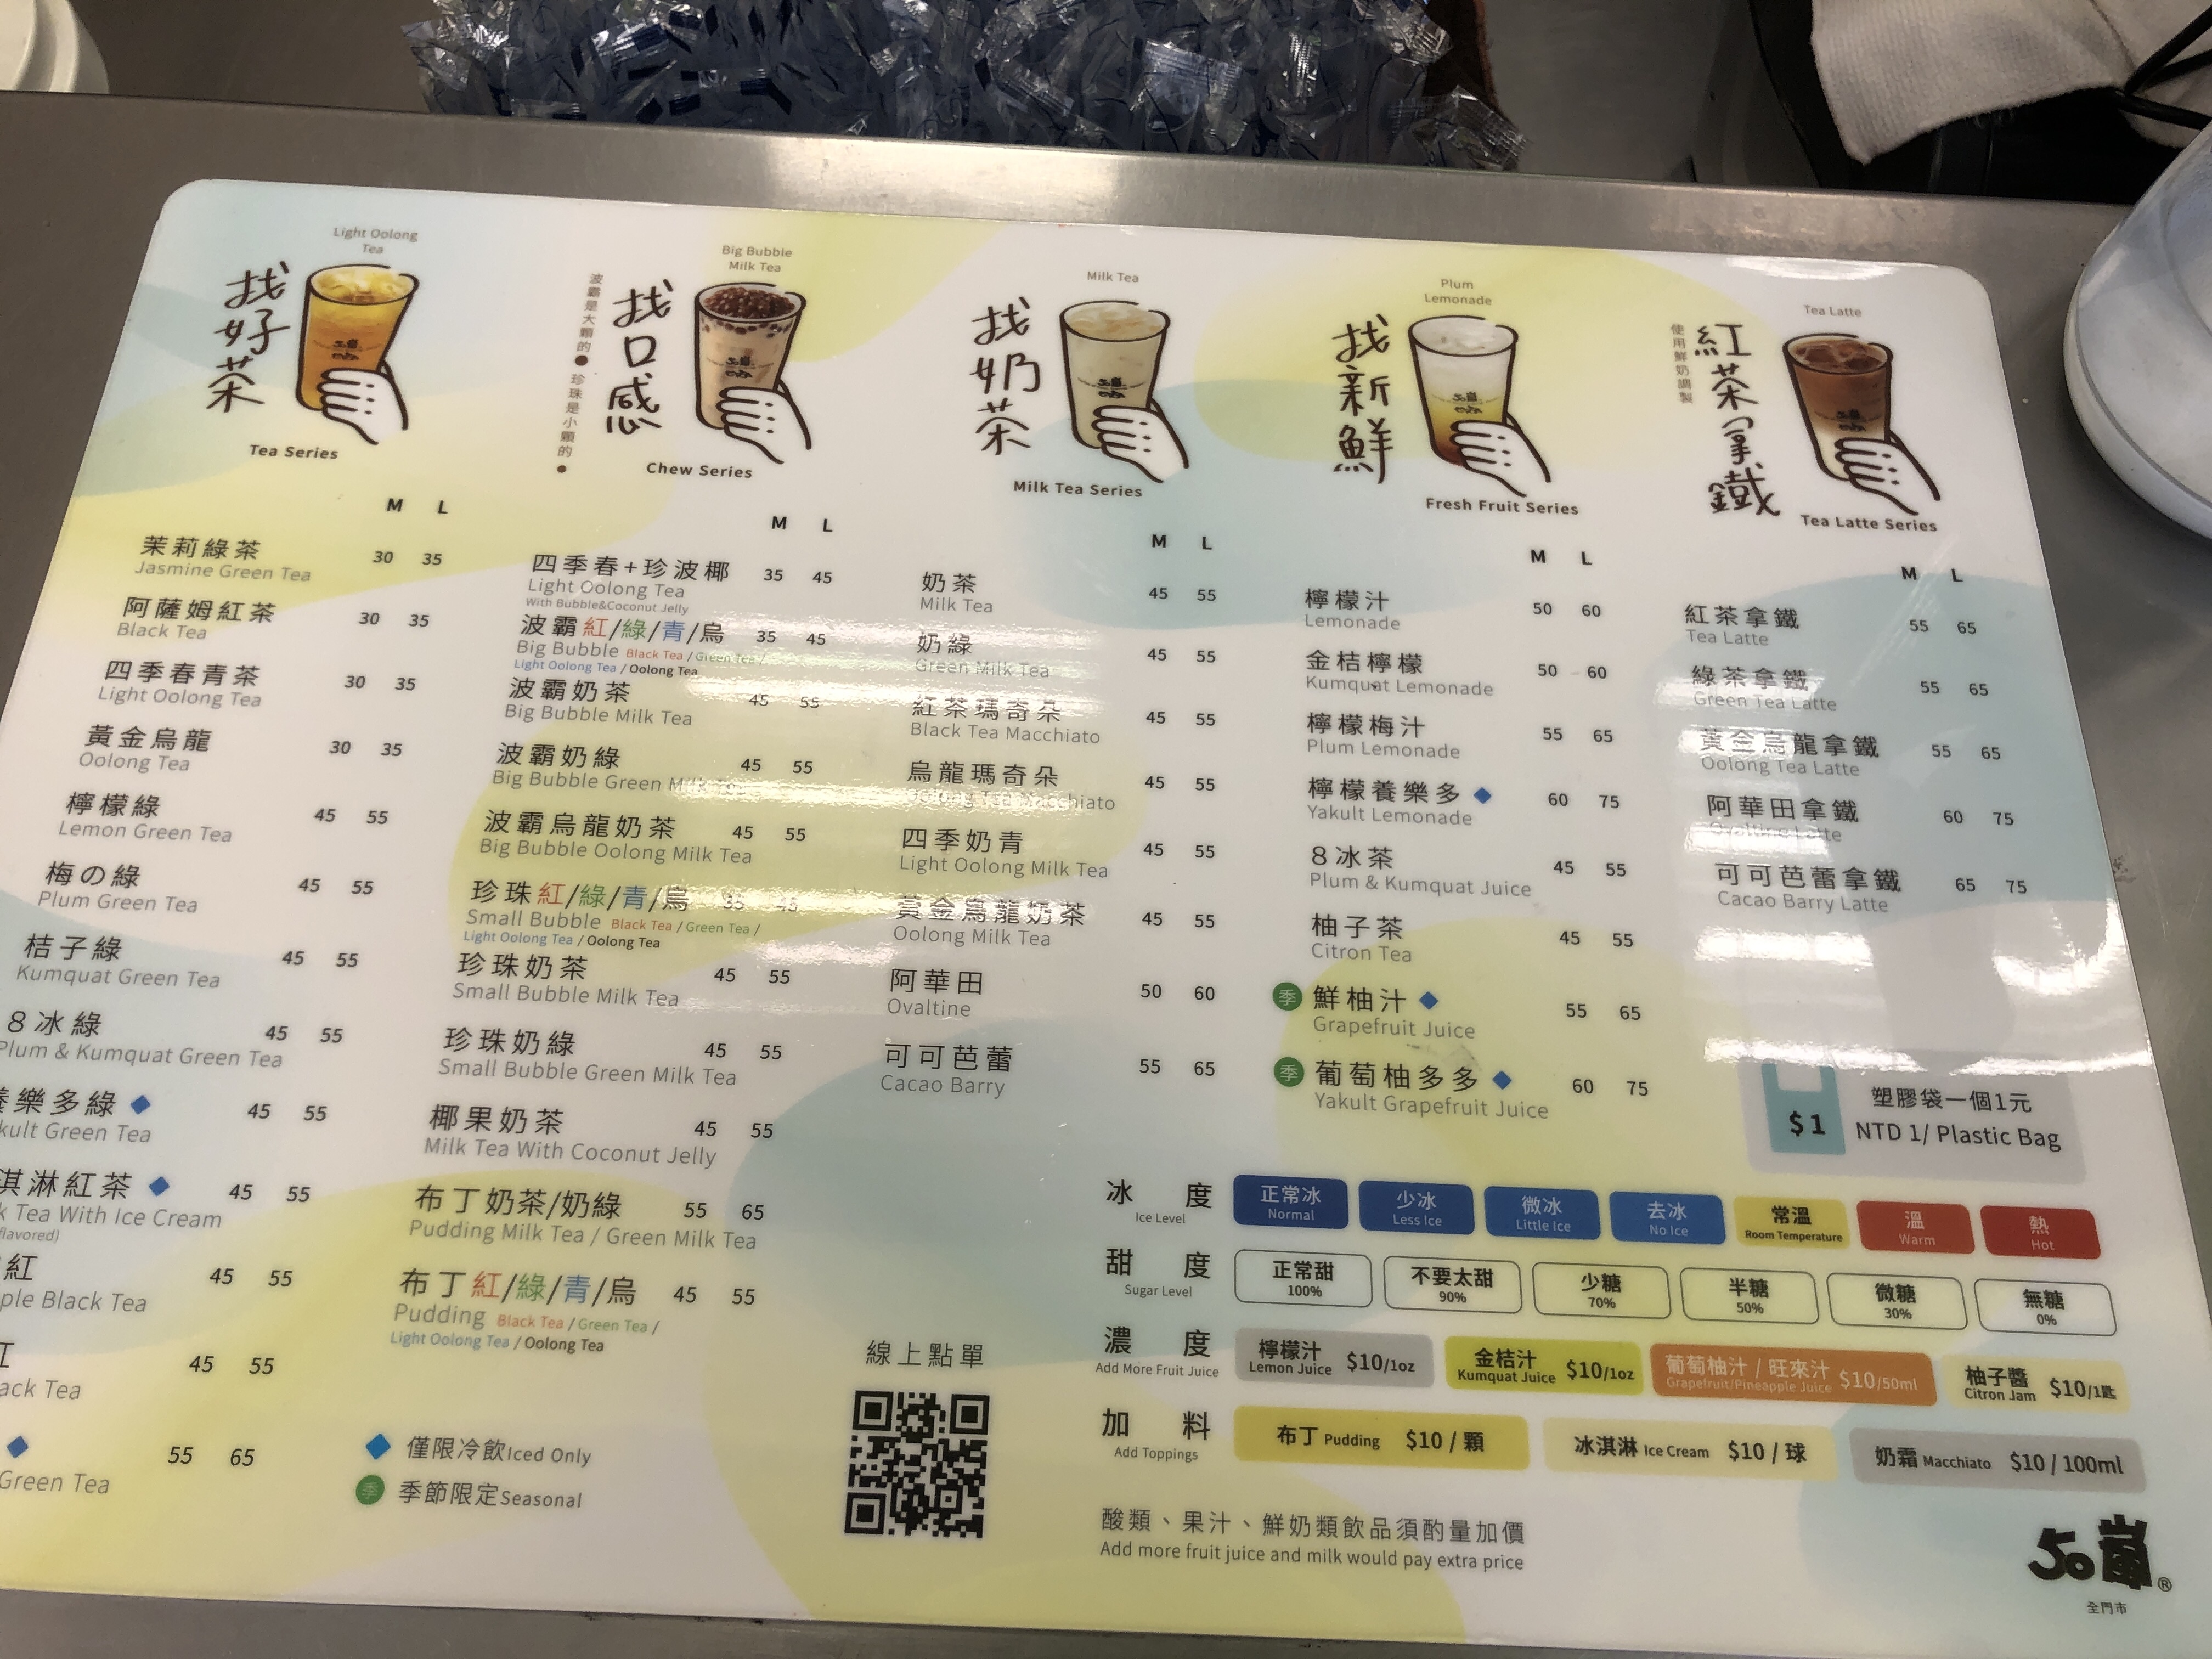
餐廳：50嵐
菜單：
name: 茉莉綠茶 Jasmine Green Tea
price: 30/35
name: 阿薩姆紅茶 Black Tea
price: 30/35
name: 四季春青茶 Light Oolong Tea
price: 30/35
name: 黃金烏龍 Oolong Tea
price: 30/35
name: 檸檬綠 Lemon Green Tea
price: 45/55
name: 梅の綠 Plum Green Tea
price: 45/55
name: 桔子綠 Kumquat Green Tea
price: 45/55
name: 8冰綠 Plum & Kumquat Green Tea
price: 45/55
name: 四季春+珍波椰 Light Oolong Tea/Bubble & Coconut Jelly
price: 35/45
name: 波霸紅/綠/青/烏 Big Bubble Black Tea/Green Tea/Light Oolong Tea/Oolong Tea
price: 35/45
name: 波霸奶茶 Big Bubble Milk Tea
price: 45/55
name: 波霸烏龍奶茶 Big Bubble Oolong Milk Tea
price: 45/55
name: 珍珠紅/綠/青/烏 Small Bubble Black Tea/Green Tea/Light Oolong Tea/Oolong Tea
price: 45/55
name: 珍珠奶綠 Small Bubble Green Milk Tea
price: 45/55
name: 椰果奶茶 Milk Tea With Coconut Jelly
price: 45/55
name: 布丁奶茶/奶綠 Pudding Milk Tea/Green Milk Tea
price: 45/55
name: 布丁紅/綠/青/烏 Pudding Black Tea/Green Tea/Light Oolong Tea/Oolong Tea
price: 45/55
name: 奶茶 Milk Tea
price: 45/55
name: 奶綠 Green Milk Tea
price: 45/55
name: 紅茶瑪奇朵 Black Tea Macchiato
price: 45/55
name: 烏龍瑪奇朵 Oolong Tea Macchiato
price: 45/55
name: 四季奶青 Light Oolong Milk Tea
price: 45/55
name: 黃金烏龍奶茶 Oolong Milk Tea
price: 45/55
name: 阿華田 Ovaltine
price: 50/60
name: 可可芭蕾 Cacao Barry
price: 55/65
name: 檸檬汁 Lemonade
price: 50/60
name: 金桔檸檬 Kumquat Lemonade
price: 50/60
name: 檸檬梅汁 Plum Lemonade
price: 55/65
name: 檸檬養樂多 Yakult Lemonade
price: 60/75
name: 8冰茶 Plum & Kumquat Juice
price: 45/55
name: 柚子茶 Citron Tea
price: 45/55
name: 鮮柚汁 Grapefruit Juice
price: 55/65
name: 葡萄柚多 Grapefruit Yakult Juice
price: 60/75
name: 紅茶拿鐵 Tea Latte
price: 55/65
name: 綠茶拿鐵 Green Tea Latte
price: 55/65
name: 黃金烏龍拿鐵 Oolong Tea Latte
price: 55/65
name: 阿華田拿鐵 Ovaltine Latte
price: 60/75
name: 可可芭蕾拿鐵 Cacao Barry Latte
price: 65/75